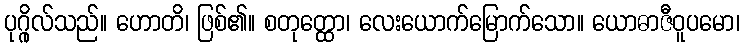
ပုဂ္ဂိုလ်သည်။ ဟောတိ၊ ဖြစ်၏။ စတုတ္ထော၊ လေးယောက်မြောက်သော။ ယောဓာဇီဝူပမော၊